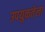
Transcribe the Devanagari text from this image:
उपयुक्ततेला